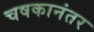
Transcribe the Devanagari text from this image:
चषकानंतर